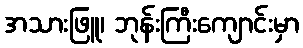
အသားဖြူ၊ ဘုန်းကြီးကျောင်းမှာ